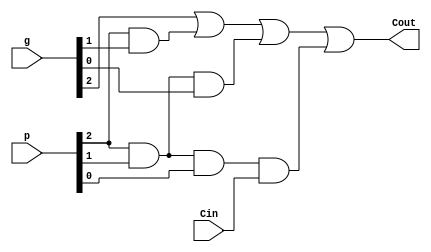
module Carry_Block_3(
    output Cout,
    input [5:0] p,
    input [5:0] g,
    input Cin
    );

	assign Cout = g[2] | (p[2]&g[1]) | (p[2]&p[1]&g[0]) | (p[2]&p[1]&p[0]&Cin);



endmodule